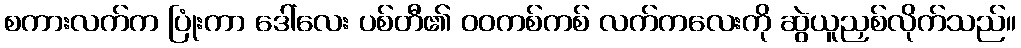
စကားလက်က ပြုံးကာ ဒေါ်လေး ပစ်တီ၏ ဝဝကစ်ကစ် လက်ကလေးကို ဆွဲယူညှစ်လိုက်သည်။